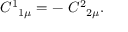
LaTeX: C ^ { 1 } { } _ { 1 \mu } = - \ C ^ { 2 } { } _ { 2 \mu } .